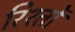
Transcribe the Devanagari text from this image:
रिश्‍तों